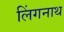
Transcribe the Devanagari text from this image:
लिंगनाथ